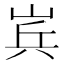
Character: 𮱫